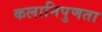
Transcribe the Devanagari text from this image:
कलानिपुणता